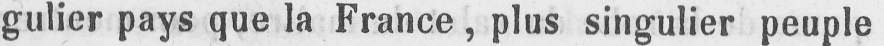
gulier pays que la France, plus singulier peuple